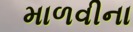
માળવીના